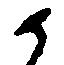
候